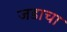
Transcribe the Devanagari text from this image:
जडाचा